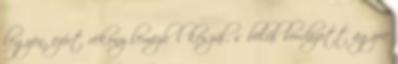
legyen, ezért vékony lemezből készül, s belül bordázott agyra